Civil Veterinary Department. Central Provinces & Berar 1932-41 - 1932-1941
Year: 1932
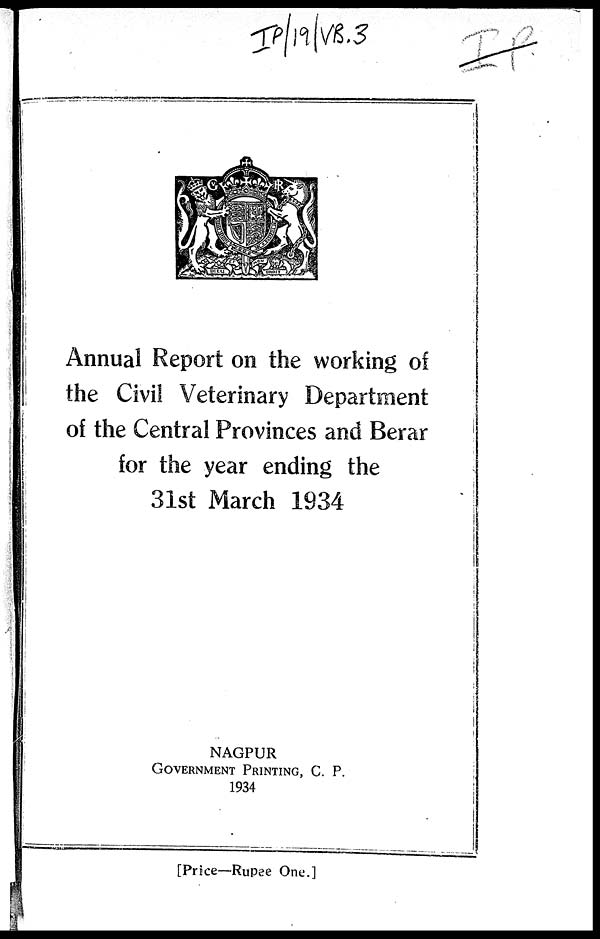
Annual Report on the working of
the Civil Veterinary Department
of the Central Provinces and Berar
for the year ending the
31st March 1934
NAGPUR
GOVERNMENT PRINTING , C. P.
1934
[Price—Rupee One.]